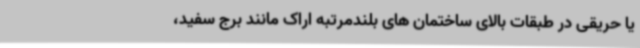
یا حریقی در طبقات بالای ساختمان های بلندمرتبه اراک مانند برج سفید،